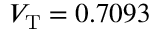
V _ { \mathrm { T } } = 0 . 7 0 9 3